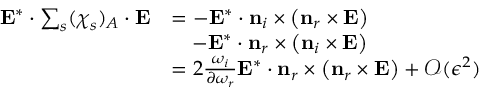
\begin{array} { r l } { \mathbf { E } ^ { * } \cdot \sum _ { s } ( \boldsymbol { \chi } _ { s } ) _ { A } \cdot \mathbf { E } } & { = - \mathbf { E } ^ { * } \cdot \mathbf { n } _ { i } \times \left( \mathbf { n } _ { r } \times \mathbf { E } \right) } \\ & { \quad - \mathbf { E } ^ { * } \cdot \mathbf { n } _ { r } \times \left( \mathbf { n } _ { i } \times \mathbf { E } \right) } \\ & { = 2 \frac { \omega _ { i } } { \partial \omega _ { r } } \mathbf { E } ^ { * } \cdot \mathbf { n } _ { r } \times \left( \mathbf { n } _ { r } \times \mathbf { E } \right) + \mathcal { O } ( \epsilon ^ { 2 } ) } \end{array}